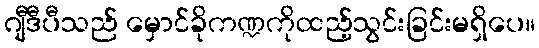
ဂျီဒီပီသည် မှောင်ခိုကဏ္ဍကိုထည့်သွင်းခြင်းမရှိပေ။